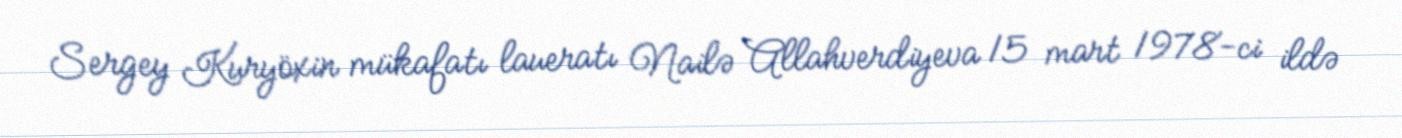
Sergey Kuryöxin mükafatı laueratı Nailə Allahverdiyeva 15 mart 1978-ci ildə